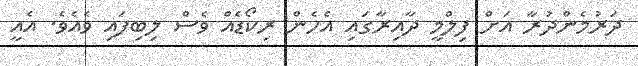
ދަރުމެންދުރާ އަށް ފިލްމީ ދާއިރާގައި އެހެން ރިކޯޑެއް ވެސް ލިބިފައި ވެއެވެ. އެއީ